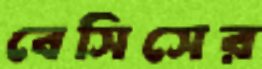
বেসিসের